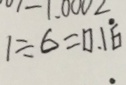
1 \div 6 = 0 . 1 \dot { 6 }